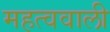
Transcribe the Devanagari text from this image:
महत्ववाली